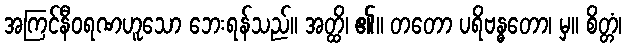
အကြင်နီဝရဏဟူသော ဘေးရန်သည်။ အတ္ထိ၊ ၏။ တတော ပရိဗန္ဓတော၊ မှ။ စိတ္တံ၊